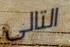
التالى